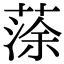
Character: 蒤